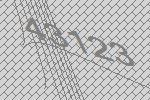
43123